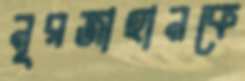
নূরজাহানকে